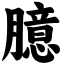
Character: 臆